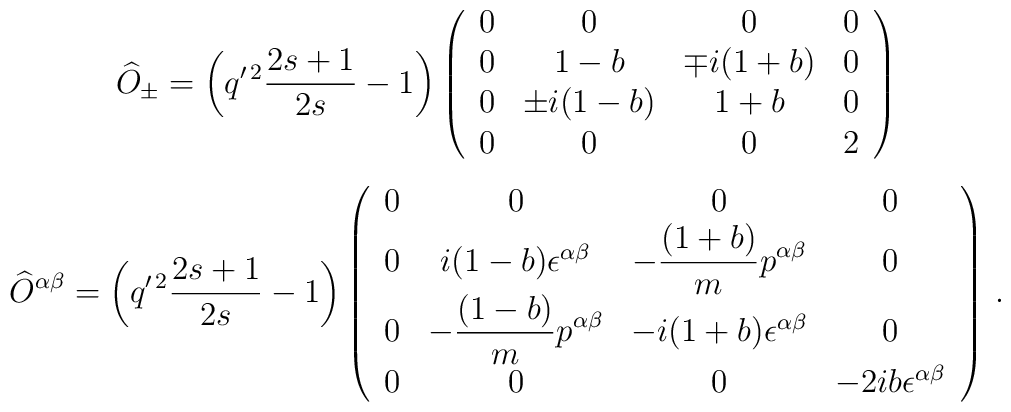
\begin{array}{c}\displaystyle\widehat O_\pm=\left(q^{\prime\,2}\frac{2s+1}{2s}-1\right)\left(\begin{array}{cccc}0&0&0&0\\0&1-b&\mp i(1+b)&0\\0&\pm i(1-b)&1+b&0\\0&0&0&2\end{array}\right)\\[10mm] \displaystyle\widehat O^{\alpha\beta}=\left(q^{\prime\,2}\frac{2s+1}{2s}-1\right)\left(\begin{array}{cccc}0&0&0&0\\0&i(1-b)\epsilon^{\alpha\beta}&\displaystyle -\frac{(1+b)}{m}p^{\alpha\beta}&0\\0&\displaystyle -\frac{(1-b)}{m}p^{\alpha\beta}&-i(1+b)\epsilon^{\alpha\beta}&0\\0&0&0&-2ib\epsilon^{\alpha\beta}\end{array}\right)\,.\end{array}